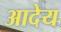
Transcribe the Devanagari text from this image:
आदेय